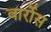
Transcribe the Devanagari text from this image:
वार्रोस